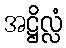
အဋ္ဌိလ္လံ